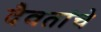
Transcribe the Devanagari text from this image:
दैवतांचे